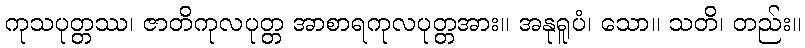
ကုသပုတ္တဿ၊ ဇာတိကုလပုတ္တ အာစာရကုလပုတ္တအား။ အနုရူပံ၊ သော။ သတိ၊ တည်း။